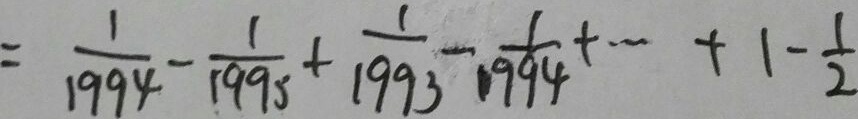
= \frac { 1 } { 1 9 9 4 } - \frac { 1 } { 1 9 9 5 } + \frac { 1 } { 1 9 9 3 } - \frac { 1 } { 1 9 9 4 } + \cdots + 1 - \frac { 1 } { 2 }